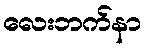
လေးဘက်နာ